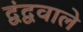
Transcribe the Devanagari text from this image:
द्वंद्ववाले